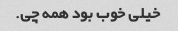
خیلی خوب بود همه چی.